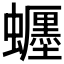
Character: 𧔹